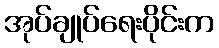
အုပ်ချုပ်ရေးပိုင်းက